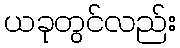
ယခုတွင်လည်း